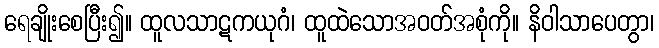
ရေချိုးစေပြီး၍။ ထူလသာဋကယုဂံ၊ ထူထဲသောအဝတ်အစုံကို။ နိဝါသာပေတွာ၊